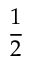
\frac 1 2